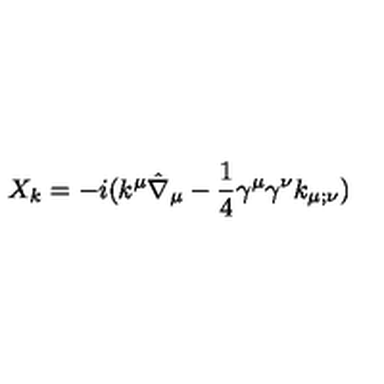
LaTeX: X _ { k } = - i ( k ^ { \mu } \hat { \nabla } _ { \mu } - { \frac { 1 } { 4 } } \gamma ^ { \mu } \gamma ^ { \nu } k _ { \mu ; \nu } )